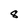
Character: 8